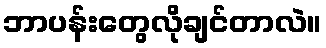
ဘာပန်းတွေလိုချင်တာလဲ။